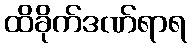
ထိခိုက်ဒဏ်ရာရ